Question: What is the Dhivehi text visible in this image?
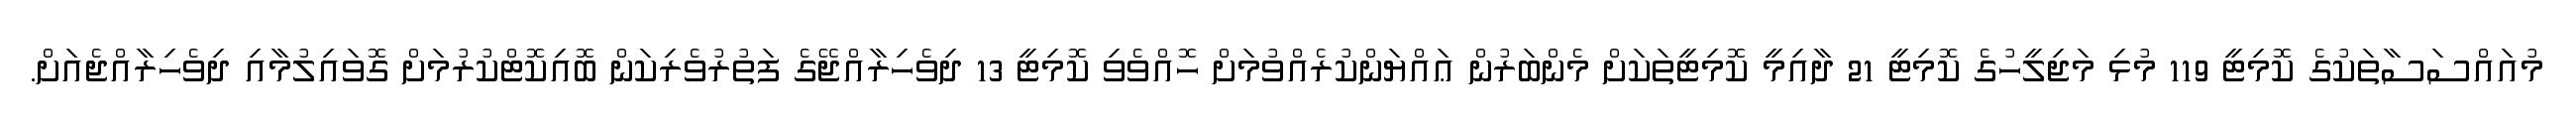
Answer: މުއައްސަސާތަކުގެ ކޮމިޓީ 119 މުޅި މަޖިލީހުގެ ކޮމިޓީ 21 ދާއިމީ ކޮމިޓީތަކަށް މެންބަރުން ޢައްޔަންކުރެއްވުމަށް ހޮއްވެވި ކޮމިޓީ 13 ދިވެހިރާއްޖޭގެ ފަތުރުވެރިކަން ބޮއިކޮޓްކުރުމަށް ގޮވައިލުމާއި ދިވެހިރާއްޖެއަށް.